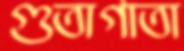
গুতাগাতা